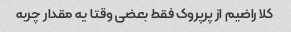
کلا راضیم از پرپروک فقط بعضی وقتا یه مقدار چربه